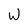
Character: W